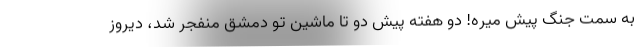
به سمت جنگ پیش میره! دو هفته پیش دو تا ماشین تو دمشق منفجر شد، دیروز